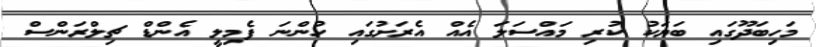
މަހިބަދޫގައި ބަޔަކު ކުރި މައްސަލަ އެއް އެރަށުގައި ހުންނަ ފެމިލީ އެންޑް ޗިލްރަންސް